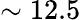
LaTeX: \sim 12.5